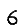
Digit: 6